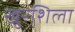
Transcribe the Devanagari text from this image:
खुरशिला